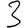
Digit: 3